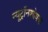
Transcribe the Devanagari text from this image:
न्यूट्रॉनशोषक